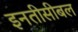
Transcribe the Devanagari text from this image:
इनतीसीबल